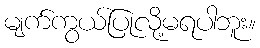
မျက်ကွယ်ပြုလို့မရပါဘူး။